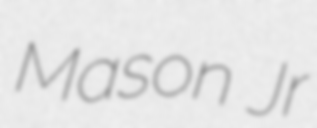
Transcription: Mason Jr